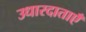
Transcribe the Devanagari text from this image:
उधारदाताएँ